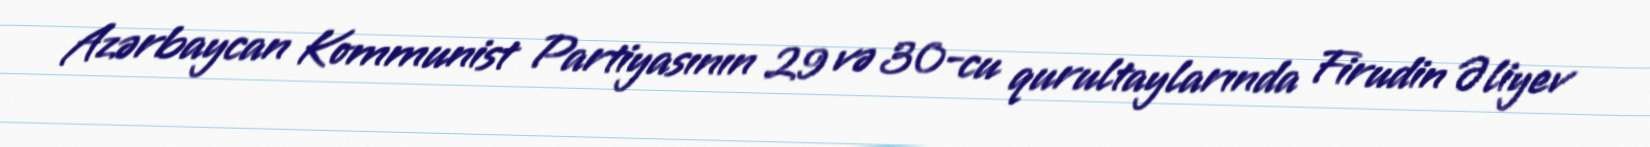
Azərbaycan Kommunist Partiyasının 29 və 30-cu qurultaylarında Firudin Əliyev